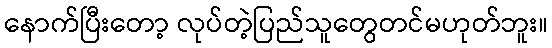
နောက်ပြီးတော့ လုပ်တဲ့ပြည်သူတွေတင်မဟုတ်ဘူး။